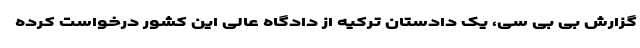
گزارش بی بی سی، یک دادستان ترکیه از دادگاه عالی این کشور درخواست کرده